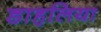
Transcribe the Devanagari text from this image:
डाहलिया